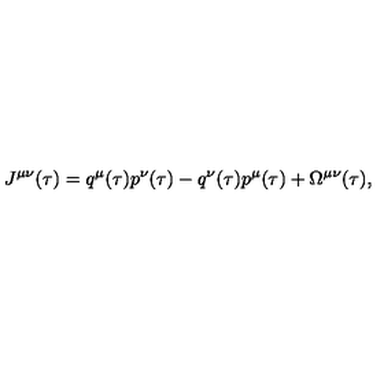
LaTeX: J ^ { \mu \nu } ( \tau ) = q ^ { \mu } ( \tau ) p ^ { \nu } ( \tau ) - q ^ { \nu } ( \tau ) p ^ { \mu } ( \tau ) + \Omega ^ { \mu \nu } ( \tau ) ,